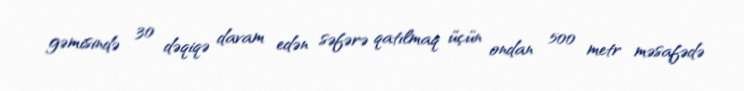
gəmisində 30 dəqiqə davam edən səfərə qatılmaq üçün ondan 500 metr məsafədə